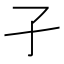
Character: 孑